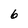
Character: 6